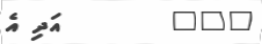
٢٠٢        އަދި އެ